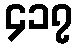
၄၁၇